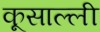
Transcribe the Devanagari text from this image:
कूसाल्ली